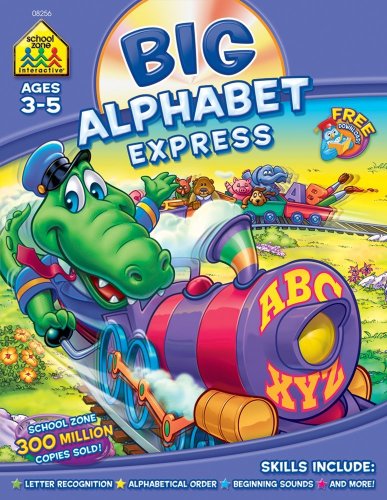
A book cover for Big Alphabet Express; Children's Books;